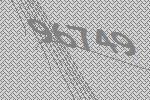
96749